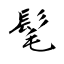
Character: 髦